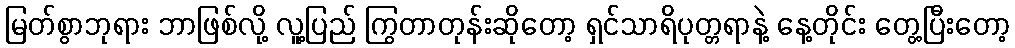
မြတ်စွာဘုရား ဘာဖြစ်လို့ လူ့ပြည် ကြွတာတုန်းဆိုတော့ ရှင်သာရိပုတ္တရာနဲ့ နေ့တိုင်း တွေ့ပြီးတော့